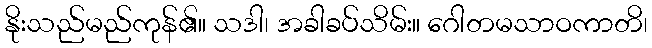
နိုးသည်မည်ကုန်၏။ သဒါ၊ အခါခပ်သိမ်း။ ဂေါတမသာဝကာတိ၊